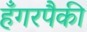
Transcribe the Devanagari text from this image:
हँगरपैकी